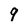
Character: 9